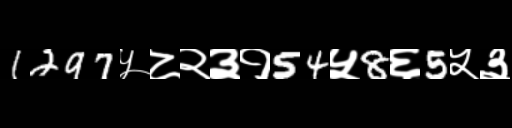
Text: 1297५८२३१54५8६5५३